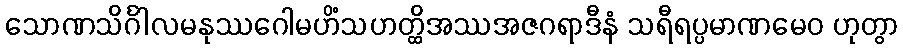
သောဏသိင်္ဂါလမနုဿဂေါမဟိံသဟတ္ထိအဿအဇဂရာဒီနံ သရီရပ္ပမာဏမေဝ ဟုတွာ